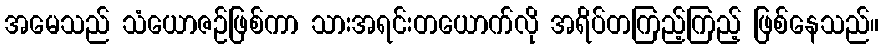
အမေသည် သံယောဇဉ်ဖြစ်ကာ သားအရင်းတယောက်လို အရိပ်တကြည့်ကြည့် ဖြစ်နေသည်။